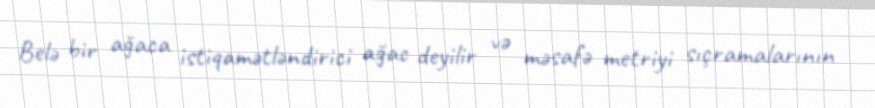
Belə bir ağaca istiqamətləndirici ağac deyilir və məsafə metriyi sıçramalarının